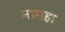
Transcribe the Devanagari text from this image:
नागहा